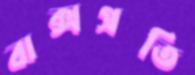
বাক্সপ্রতি